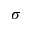
\boldsymbol { \sigma }